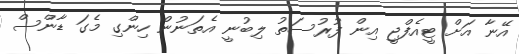
އޭނާ އަށް ޓީއެފްޖީ އިން ފުރުސަތު ލިބުނީ އެތަނުން ހިންގި މެގަ ޑާންސް